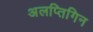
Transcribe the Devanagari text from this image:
अलप्तिगिन